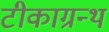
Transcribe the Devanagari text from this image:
टीकाग्रन्थ